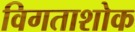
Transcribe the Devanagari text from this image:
विगताशोक